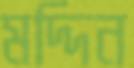
মদ্দিন